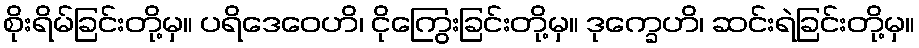
စိုးရိမ်ခြင်းတို့မှ။ ပရိဒေဝေဟိ၊ ငိုကြွေးခြင်းတို့မှ။ ဒုက္ခေဟိ၊ ဆင်းရဲခြင်းတို့မှ။